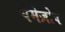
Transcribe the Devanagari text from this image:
चेमेज़ोव